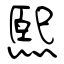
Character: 熙